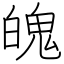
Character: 魄